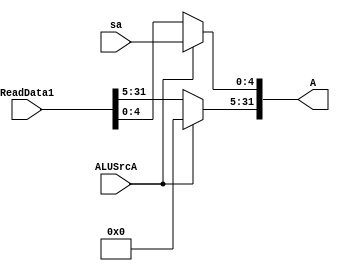
`timescale 1ns / 1ps
module ChooseInputA(
	input ALUSrcA,
	input [31:0] ReadData1,
	input [4:0] sa,
	output reg [31:0] A
);
	initial A = 0;
	always@(ALUSrcA or sa or ReadData1) begin
		if(ALUSrcA==0)
			A<=ReadData1;
		else
		begin
			A[4:0]<=sa[4:0];
			A[31:5]<=0;
		end
	end
endmodule